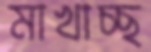
মাখাচ্ছ